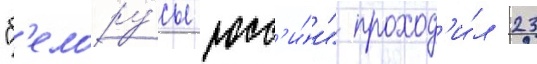
"б'елору́сы росс'и́и" проход'и́л 23